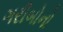
ગરીબોનો